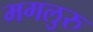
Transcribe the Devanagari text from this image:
मगलुरु